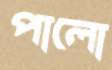
পালো